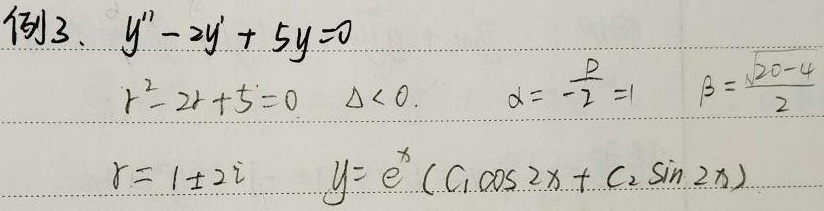
例3. \(y'' - 2y'+5y = 0\)
\[
\begin{align*}
r^{2}-2r + 5&=0\quad\Delta<0.\quad\alpha=-\frac{-2}{2}=1\quad\beta=\frac{\sqrt{20 - 4}}{2}\\
r&=1\pm2i\quad y = e^{x}(C_1\cos2x + C_2\sin2x)
\end{align*}
\]